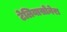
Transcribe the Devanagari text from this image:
टेलियासोनेरा